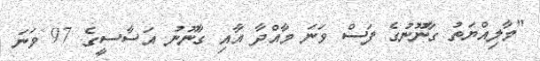
"މާލިއްޔަތު ގާނޫނުގެ ފަސް ވަނަ މާއްދާ އާއި ގާނޫނު އަސާސީގެ 97 ވަނަ